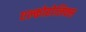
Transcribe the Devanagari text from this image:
एल्कोहोलिक्स